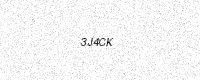
Text: 3J4CK